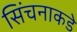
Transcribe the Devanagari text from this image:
सिंचनाकडे